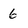
Character: 6